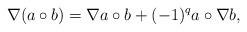
LaTeX: \begin{align*}\nabla (a\circ b)=\nabla a\circ b+(-1)^qa\circ \nabla b, \end{align*}